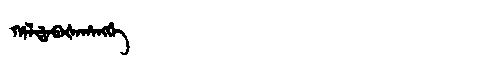
Manchu: ᡥᠠᠯᡩᠠᠪᠠᡧᠠᡥᠠᠩᡤᡝ
Romanization: HALDABAŠAHANGGE